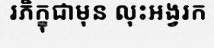
រភិក្ខុជាមុន លុះអង្វរក